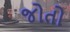
જોતો